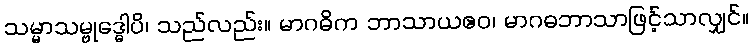
သမ္မာသမ္ဗုဒ္ဓေါပိ၊ သည်လည်း။ မာဂဓိက ဘာသာယဧဝ၊ မာဂဓဘာသာဖြင့်သာလျှင်။